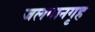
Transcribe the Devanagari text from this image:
जलपानगृह